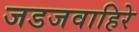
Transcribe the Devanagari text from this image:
जडजवाहिरे